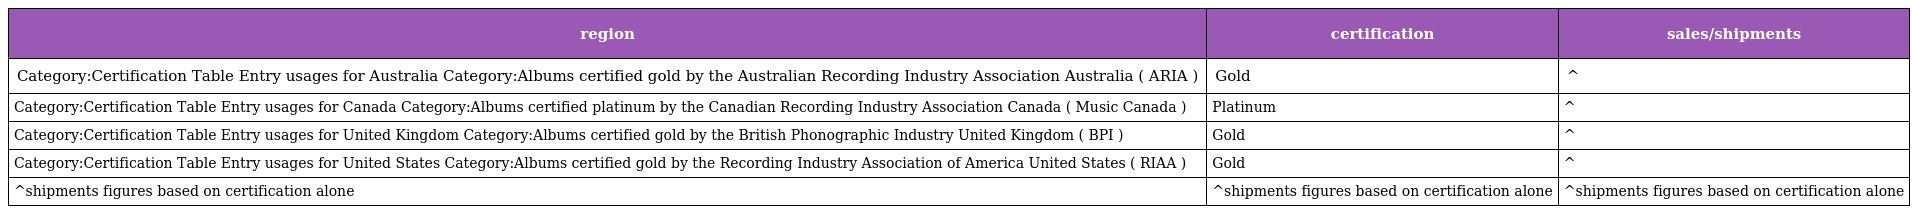
| region | certification | sales/shipments |
 | --- | --- | --- |
 | Category:Certification Table Entry usages for Australia Category:Albums certified gold by the Australian Recording Industry Association Australia ( ARIA ) | Gold | ^ |
 | Category:Certification Table Entry usages for Canada Category:Albums certified platinum by the Canadian Recording Industry Association Canada ( Music Canada ) | Platinum | ^ |
 | Category:Certification Table Entry usages for United Kingdom Category:Albums certified gold by the British Phonographic Industry United Kingdom ( BPI ) | Gold | ^ |
 | Category:Certification Table Entry usages for United States Category:Albums certified gold by the Recording Industry Association of America United States ( RIAA ) | Gold | ^ |
 | ^shipments figures based on certification alone | ^shipments figures based on certification alone | ^shipments figures based on certification alone |